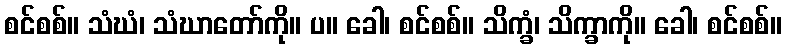
စင်စစ်။ သံဃံ၊ သံဃာတော်ကို။ ပ။ ခေါ၊ စင်စစ်။ သိက္ခံ၊ သိက္ခာကို။ ခေါ၊ စင်စစ်။